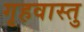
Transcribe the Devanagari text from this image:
गृहवास्तु